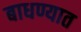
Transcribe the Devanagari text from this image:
बाधण्यात